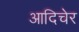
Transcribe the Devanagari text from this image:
आदिचेर